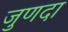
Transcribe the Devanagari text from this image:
जुणदा